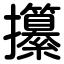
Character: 攥